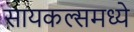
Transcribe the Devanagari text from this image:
सायकल्समध्ये